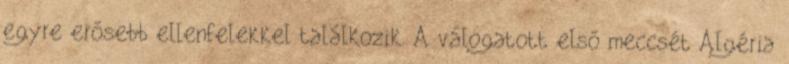
egyre erősebb ellenfelekkel találkozik. A válogatott első meccsét Algéria